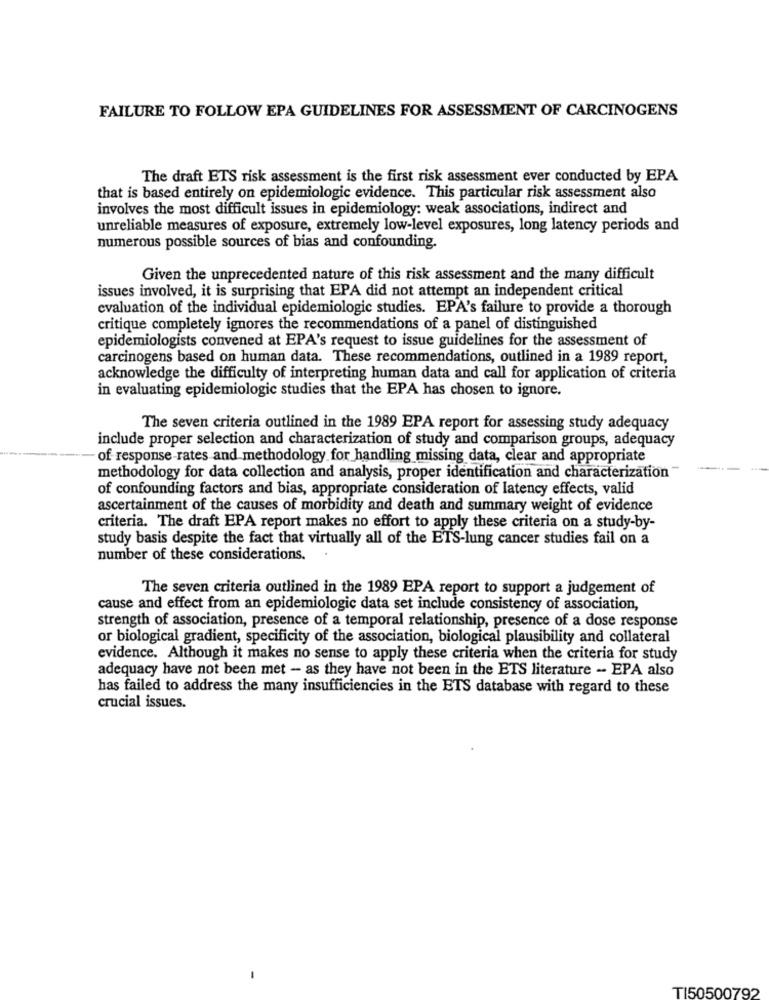
FAILURE TO FOLLOW EPA GUIDELINES FOR ASSESSMENT OF CARCINOGENS
The draft ETS risk assessment is the first risk assessment ever conducted by EPA
that is based entirely on epidemiologic evidence. This particular risk assessment also
involves the most difficult issues in epidemiology: weak associations, indirect and
unreliable measures of exposure, extremely low-level exposures, long latency periods and
numerous possible sources of bias and confounding.
Given the unprecedented nature of this risk assessment and the many difficult
issues involved, it is surprising that EPA did not attempt an independent critical
evaluation of the individual epidemiologic studies. EPA's failure to provide a thorough
critique completely ignores the recommendations of a panel of distinguished
epidemiologists convened at EPA's request to issue guidelines for the assessment of
carcinogens based on human data. These recommendations, outlined in a 1989 report,
acknowledge the difficulty of interpreting human data and call for application of criteria
in evaluating epidemiologic studies that the EPA has chosen to ignore.
The seven criteria outlined in the 1989 EPA report for assessing study adequacy
include proper selection and characterization of study and comparison groups, adequacy
of response-rates and methodology for handling missing data, clear and appropriate
methodology for data collection and analysis, proper identification and characterization
of confounding factors and bias, appropriate consideration of latency effects, valid
ascertainment of the causes of morbidity and death and summary weight of evidence
criteria. The draft EPA report makes no effort to apply these criteria on a study-by-
study basis despite the fact that virtually all of the ETS-lung cancer studies fail on a
number of these considerations.
The seven criteria outlined in the 1989 EPA report to support a judgement of
cause and effect from an epidemiologic data set include consistency of association,
strength of association, presence of a temporal relationship, presence of a dose response
or biological gradient, specificity of the association, biological plausibility and collateral
evidence. Although it makes no sense to apply these criteria when the criteria for study
adequacy have not been met - as they have not been in the ETS literature - EPA also
has failed to address the many insufficiencies in the ETS database with regard to these
crucial issues.
TI50500792